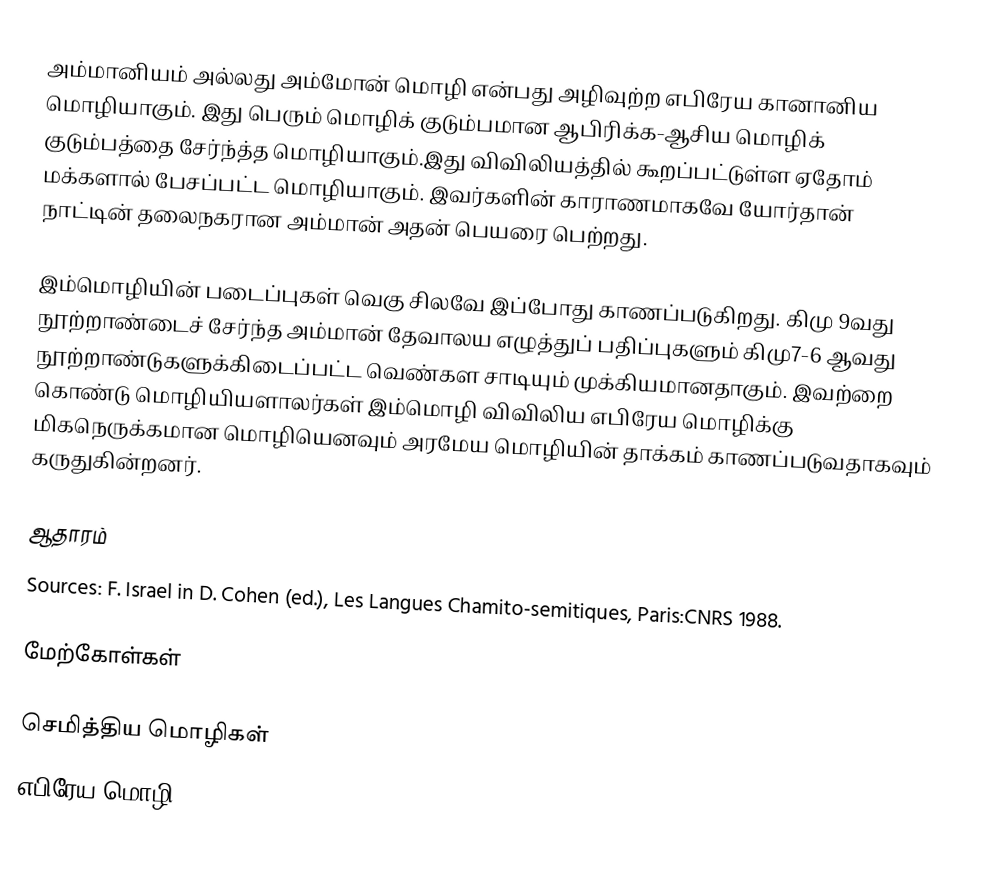
அம்மானியம் அல்லது அம்மோன் மொழி என்பது அழிவுற்ற எபிரேய கானானிய மொழியாகும். இது பெரும் மொழிக் குடும்பமான ஆபிரிக்க-ஆசிய மொழிக் குடும்பத்தை சேர்ந்த்த மொழியாகும்.இது விவிலியத்தில் கூறப்பட்டுள்ள ஏதோம் மக்களால் பேசப்பட்ட மொழியாகும். இவர்களின் காராணமாகவே யோர்தான் நாட்டின் தலைநகரான அம்மான் அதன் பெயரை பெற்றது.

இம்மொழியின் படைப்புகள் வெகு சிலவே இப்போது காணப்படுகிறது. கிமு 9வது நூற்றாண்டைச் சேர்ந்த அம்மான் தேவாலய எழுத்துப் பதிப்புகளும் கிமு7-6 ஆவது நூற்றாண்டுகளுக்கிடைப்பட்ட வெண்கள சாடியும் முக்கியமானதாகும். இவற்றை கொண்டு மொழியியளாலர்கள் இம்மொழி விவிலிய எபிரேய மொழிக்கு மிகநெருக்கமான மொழியெனவும் அரமேய மொழியின் தாக்கம் காணப்படுவதாகவும் கருதுகின்றனர்.

ஆதாரம்
Sources: F. Israel in D. Cohen (ed.), Les Langues Chamito-semitiques, Paris:CNRS 1988.

மேற்கோள்கள்

செமித்திய மொழிகள்
எபிரேய மொழி